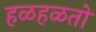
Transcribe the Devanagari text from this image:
हळहळतो